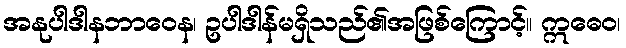
အနုပါဒါနဘာဝေန၊ ဥပါဒါန်မရှိသည်၏အဖြစ်ကြောင့်။ ဣဓေဝ၊